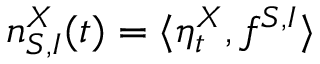
n _ { S , I } ^ { X } ( t ) = \langle \eta _ { t } ^ { X } , f ^ { S , I } \rangle